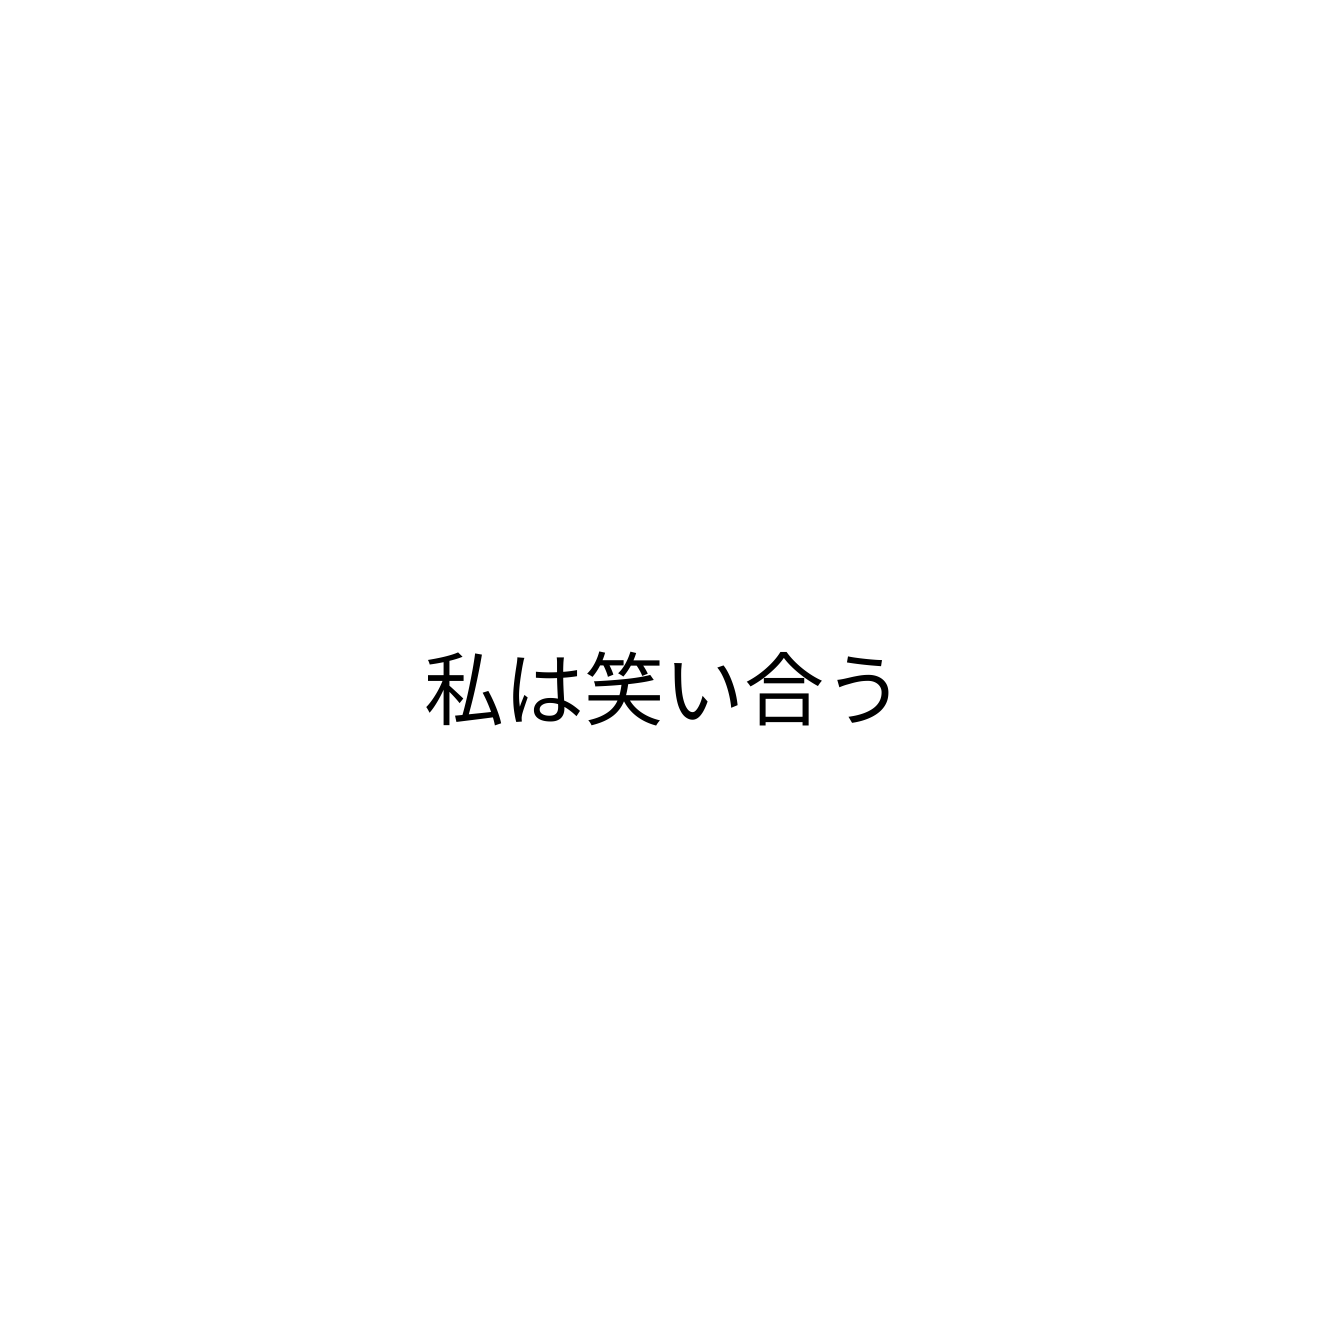
私は笑い合う